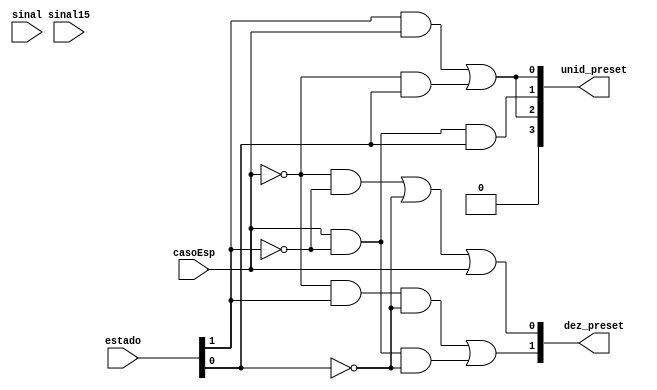
module geraPreset(estado,casoEsp,unid_preset,dez_preset,sinal,sinal15);
	input [1:0]estado;
	input casoEsp,sinal,sinal15;
	output [3:0]unid_preset;
	output [1:0]dez_preset;
	wire [6:0]aux;
	wire flag;
	
	or(flag,sinal,sinal15);
	
	// Preset 4 digitos unidade.
	
	// 000X 
	and(aux[0],estado[0],!casoEsp);
	and(aux[1],estado[1],casoEsp);
	or(unid_preset[0],aux[1],aux[0]);
	
	// 00X0
	and(unid_preset[1],casoEsp,!estado[1],estado[0]);
	
	// 0X00
	and(aux[2],!casoEsp,estado[0]);
	and(aux[3],casoEsp,estado[1]);
	or(unid_preset[2],aux[2],aux[3]);
	
	// X000
	and(unid_preset[3],sinal,!sinal);

	
	// Preset 2 digitos dezena.
	// 0X
	and(aux[4],!casoEsp,!estado[1]);
	or(dez_preset[0],aux[4],!estado[0],casoEsp);
	// X0
	and(aux[5],!casoEsp,estado[1],!estado[0]);
	and(aux[6],casoEsp,!estado[1],!estado[0]);
	or(dez_preset[1],aux[5],aux[6]);
		
endmodule